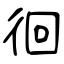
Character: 徊